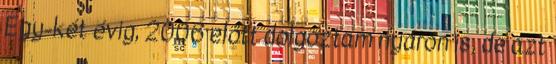
Egy-két évig, 2006 előtt dolgoztam nyáron is, de azt